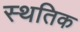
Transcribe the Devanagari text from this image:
स्थतिक